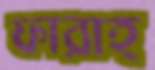
ফারাহ্